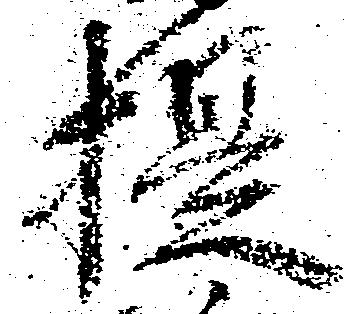
提